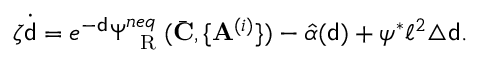
\zeta \dot { { \mathsf { d } } } = e ^ { - { \mathsf { d } } } \Psi _ { \mathrm { ~ \tiny ~ R ~ } } ^ { n e q } ( \bar { \mathbf { C } } , \{ \mathbf { A } ^ { ( i ) } \} ) - \hat { \alpha } ( { \mathsf { d } } ) + \psi ^ { * } \ell ^ { 2 } \triangle { \mathsf { d } } .